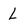
Character: L